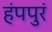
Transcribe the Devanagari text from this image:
हंपपुरं